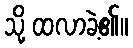
သို့ ထလာခဲ့၏။